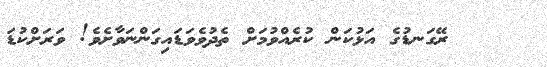
٢     ރޭގަނޑުގެ އަޅުކަން ކުރެއްވުމަށް ތެދުވެވަޑައިގަންނަވާށެވެ! ވަރަށްކުޑަ